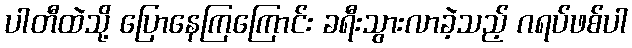
ပါတီထဲသို့ ပြောနေကြကြောင်း ခရီးသွားလာခဲ့သည့် ဂရပ်ဖစ်ပါ